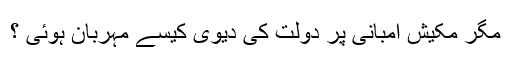
مگر مکیش امبانی پر دولت کی دیوی کیسے مہربان ہوئی ؟